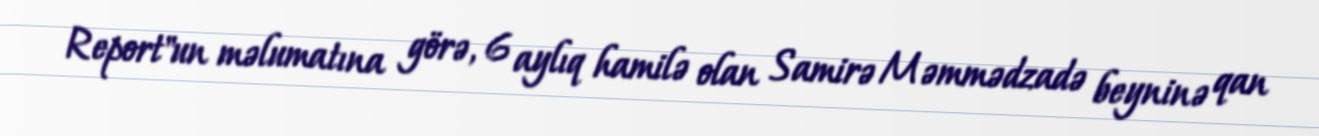
Report"un məlumatına görə, 6 aylıq hamilə olan Samirə Məmmədzadə beyninə qan